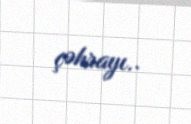
çəhrayı..